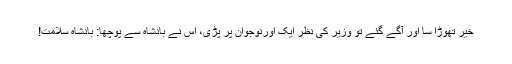
خیر تھوڑا سا اور آگے گئے تو وزیر کی نظر ایک اورنوجوان پر پڑی، اس نے بادشاہ سے پوچھا: بادشاہ سلامت!